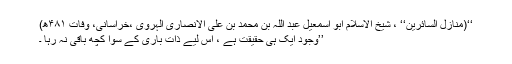
‘‘(منازل السائرین‘‘ ، شیخ الاسلام ابو اسمٰعیل عبد اللہ بن محمد بن علی الانصاری الہروی ،خراسانی، وفات ۴۸۱ھ)
’’وجود ایک ہی حقیقت ہے ، اِس لیے ذات باری کے سوا کچھ باقی نہ رہا ۔